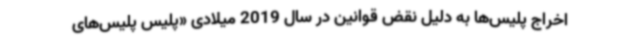
اخراج پلیس‌ها به دلیل نقض قوانین در سال 2019 میلادی «پلیس پلیس‌های